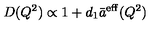
D ( Q ^ { 2 } ) \propto 1 + d _ { 1 } \bar { a } ^ { \mathrm { e f f } } ( Q ^ { 2 } )